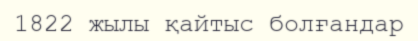
1822 жылы қайтыс болғандар